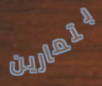
بتمارين